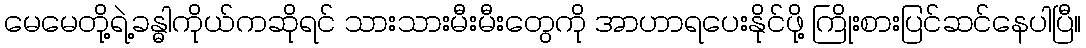
မေမေတို့ရဲ့ခန္ဓါကိုယ်ကဆိုရင် သားသားမီးမီးတွေကို အာဟာရပေးနိုင်ဖို့ ကြိုးစားပြင်ဆင်နေပါပြီ။